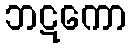
ဘဋကော